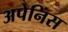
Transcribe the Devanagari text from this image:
अपेनिंस